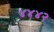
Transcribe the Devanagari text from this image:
४४४२